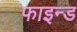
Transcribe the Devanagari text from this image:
फाइन्ड